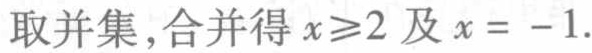
取并集，合并得 \(x\geqslant2\) 及 \(x = - 1\).